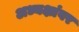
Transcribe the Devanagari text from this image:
अध्यक्षांवर